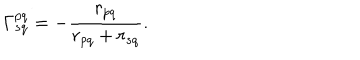
\Gamma _ { s q } ^ { p q } = - \frac { r _ { p q } } { r _ { p q } + r _ { s q } } .